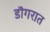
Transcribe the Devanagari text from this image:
डॊगरात